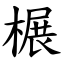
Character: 榐